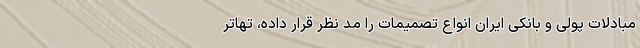
مبادلات پولی و بانکی ایران انواع تصمیمات را مد نظر قرار داده، تهاتر